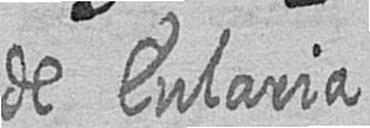
de Eularia